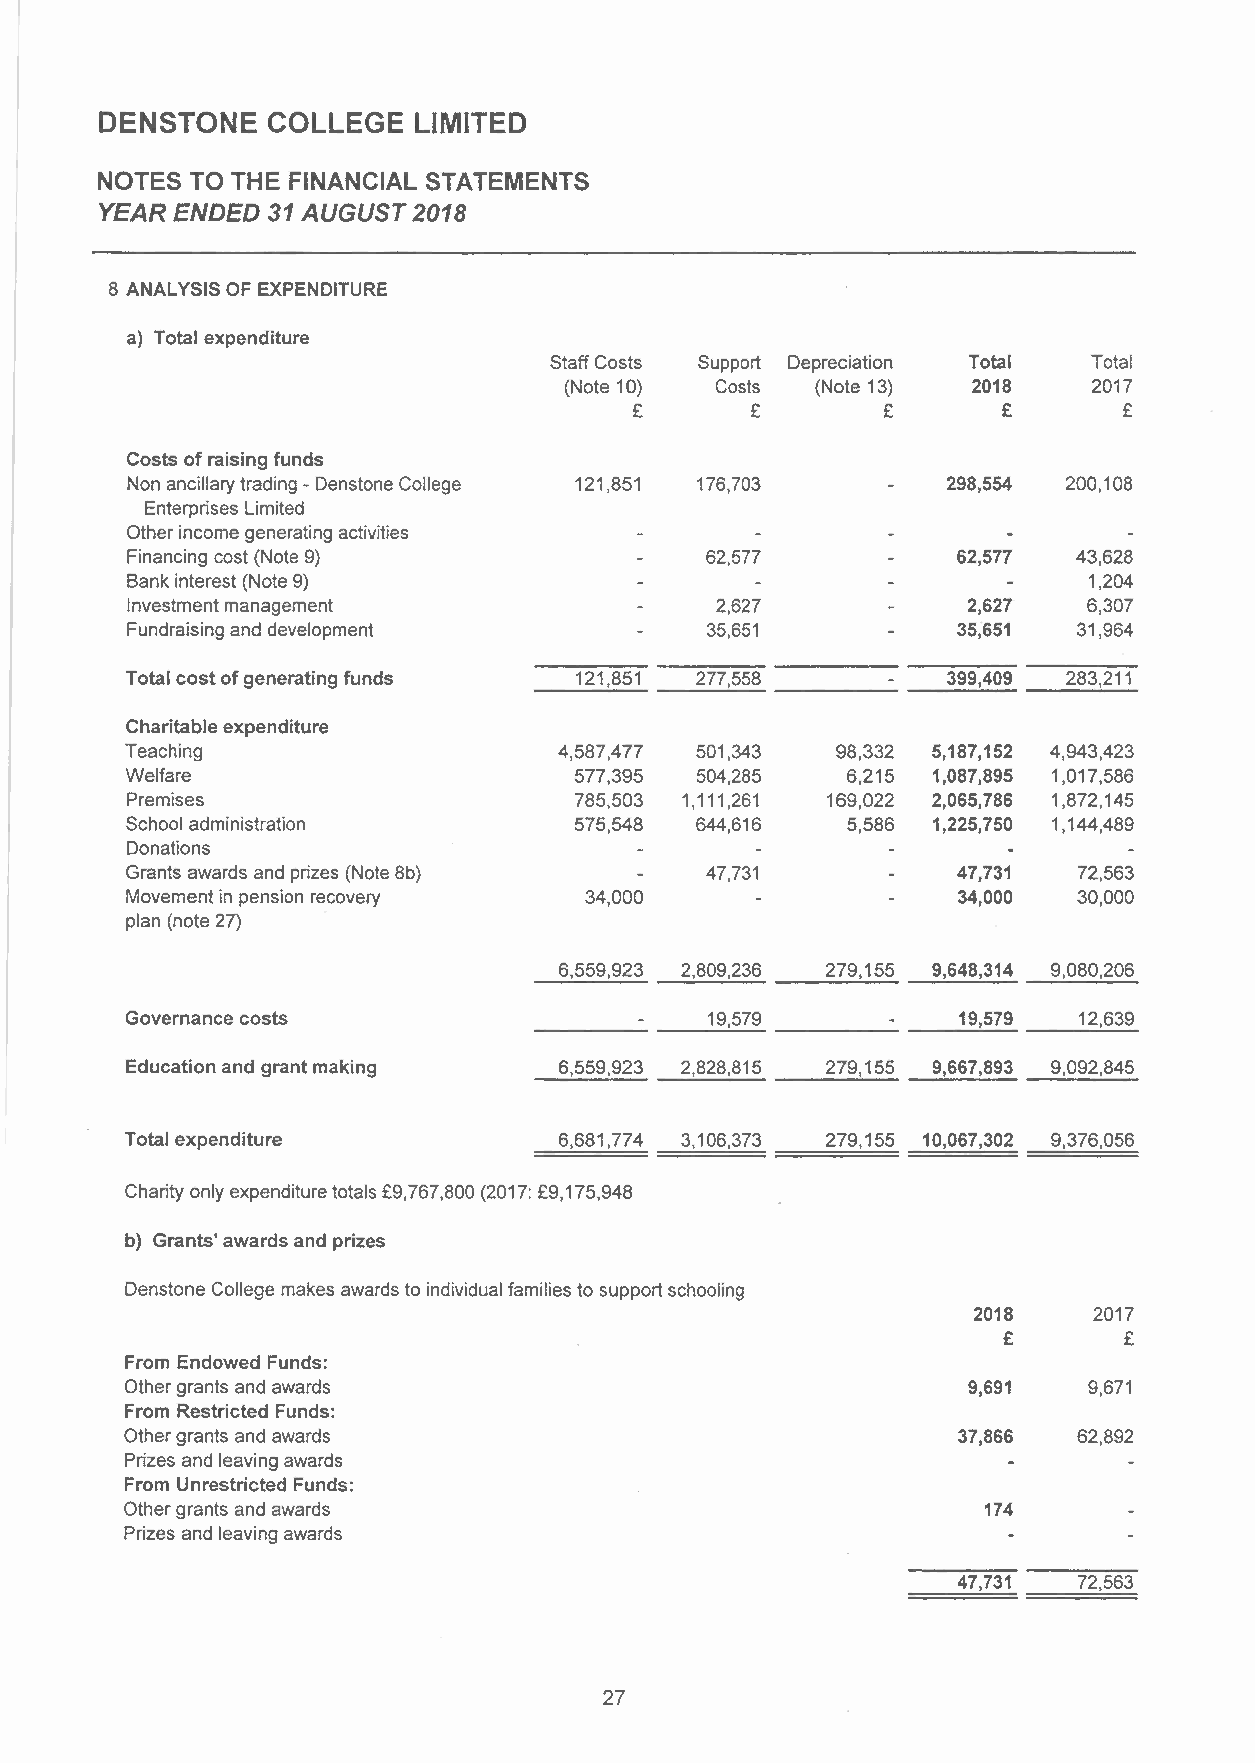
DENSTONE   COLLEGE  LIMITED
 NOTES  TO THE FINANCIAL STATEMENTS
 YEAR ENDED 31 AUGUST 2018
 8 ANALYSIS OF EXPENDITURE
 a) Total expenditure
 Staff Costs Support Depreciation Total Total
 (Note 10) Costs  (Note 13) 2018    2017
 £       £       £       £       £
 Costs of raising funds
 Non ancillary trading - Denstone College 121,851 176,703 298,554 200,108
 Enterprises Limited
 Other income generating activities
 Financing cost (Note 9)                62,577          62,577  43,628
 Bank interest (Note 9)                                          1,204
 Investment management                  2,627            2,627   6,307
 Fundraising and development            35,651          35;651  31,964
 Total cost of generating funds 121,851 277,558         399,409 283,211
 Charitable expenditure
 Teaching                     4,587,477 501,343 98,332 5,187,152 4,943,423
 Welfare                       577,395 504,285   6,215 1,087,895 1,017,586
 Premises                      785,503 1,111,261 169,022 2,065,786 1,872,145
 School administration         575,548 644,616   5,586 1,225,750 1,144,489
 Donations
 Grants awards and prizes (Note 8b)     47,731          47,731  72,563
 Movement in pension recovery   34,000                  34,000  30,000
 plan (note 27)
 6,559,923 2,809,236 279,155 9,648,314 9,080,206
 Governance costs                       19,579          19,579  12,639
 Education and grant making   6,559,923 2,828,815 279,155 9,667,893 9,092,845
 Total expenditure            6,681,774 3,106,373 279,155 10,067,302 9,376,056
 Charity only expenditure totals £9,767,800 (2017: £9,175,948
 b) Grants' awards and prizes
 Denstone College makes awards to individual families to support schooling
 2018    2017
 £       £
 From Endowed Funds:
 Other grants and awards                                 9,691   9,671
 From Restricted Funds:
 Other grants and awards                                37,866  62,892
 Prizes and leaving awards
 From Unrestricted Funds:
 Other grants and awards                                  174
 Prizes and leaving awards
 47,731  72,563
 27